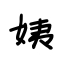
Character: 姨